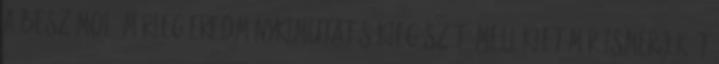
A beszámoló Mérleg Eredménykimutatás Kiegészítő melléklet Már ismerjük Őt